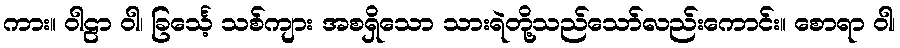
ကား။ ဝါဠာ ဝါ၊ ခြင်္သေ့ သစ်ကျား အစရှိသော သားရဲတို့သည်သော်လည်းကောင်း။ စောရာ ဝါ၊